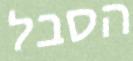
הסבל